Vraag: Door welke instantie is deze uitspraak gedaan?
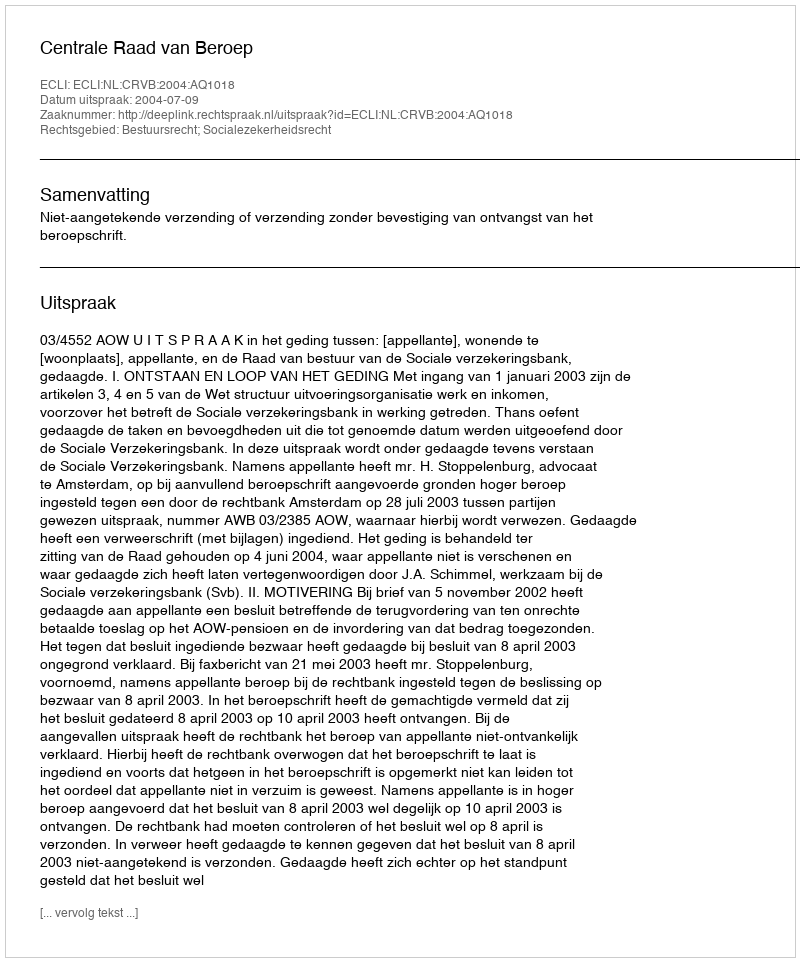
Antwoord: Centrale Raad van Beroep